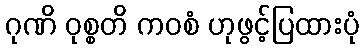
ဂုဏိ ဝုစ္စတိ ကဝစံ ဟုဖွင့်ပြထားပုံ